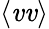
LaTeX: \langle\mathit{v}\mathit{v}\rangle